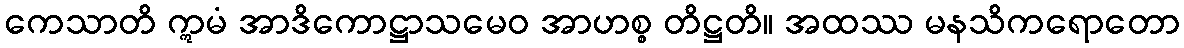
ကေသာတိ ဣမံ အာဒိကောဋ္ဌာသမေဝ အာဟစ္စ တိဋ္ဌတိ။ အထဿ မနသိကရောတော